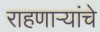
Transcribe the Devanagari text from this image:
राहणाऱ्यांचे